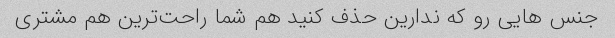
جنس هایی رو که ندارین حذف کنید هم شما راحت‌ترین هم مشتری